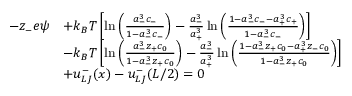
\begin{array} { r l } { - z _ { - } e \psi } & { + k _ { B } T \left[ \ln \left( { \frac { a _ { - } ^ { 3 } c _ { - } } { 1 - a _ { - } ^ { 3 } c _ { - } } } \right) - \frac { a _ { - } ^ { 3 } } { a _ { + } ^ { 3 } } \ln \left( { \frac { 1 - a _ { - } ^ { 3 } c _ { - } - a _ { + } ^ { 3 } c _ { + } } { 1 - a _ { - } ^ { 3 } c _ { - } } } \right) \right] } \\ & { - k _ { B } T \left[ \ln \left( { \frac { a _ { - } ^ { 3 } z _ { + } c _ { 0 } } { 1 - a _ { - } ^ { 3 } z _ { + } c _ { 0 } } } \right) - \frac { a _ { - } ^ { 3 } } { a _ { + } ^ { 3 } } \ln \left( { \frac { 1 - a _ { - } ^ { 3 } z _ { + } c _ { 0 } - a _ { + } ^ { 3 } z _ { - } c _ { 0 } } { 1 - a _ { - } ^ { 3 } z _ { + } c _ { 0 } } } \right) \right] } \\ & { + u _ { L J } ^ { - } ( x ) - u _ { L J } ^ { - } ( L / 2 ) = 0 } \end{array}